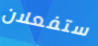
ستفعلان